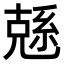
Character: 𠒭